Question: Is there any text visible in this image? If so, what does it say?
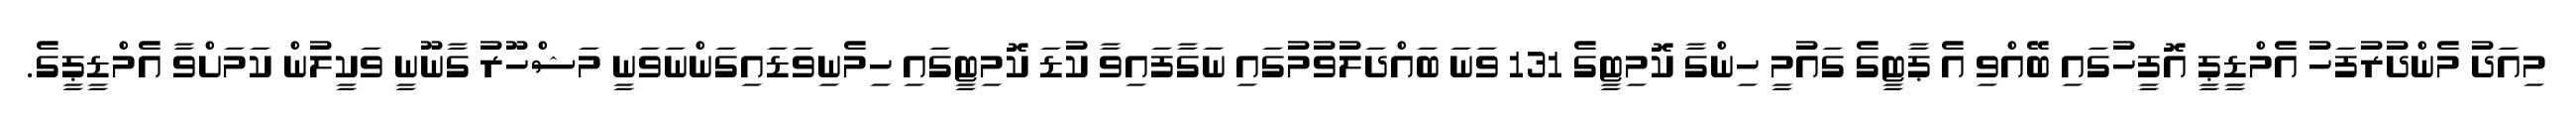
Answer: މިއަދު މެންދުރުފަހު އެމްޑީޕީ އޮފީހުގައި ބޭއްވި އެ ޕާޓީގެ ގައުމީ ހިންގާ ކޮމިޓީގެ 131 ވަނަ ބައްދަލުވުމުގައި ނަގާފައިވާ ކުޑަ ކޮމިޓީގައި ހިމެނިވަޑައިގަންނަވަނީ މަޝްހޫރު ގާނޫނީ ވަކީލުން ކަމަށްވާ އެމްޑީޕީގެ.